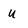
Character: u